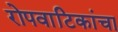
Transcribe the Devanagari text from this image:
रोपवाटिकांचा